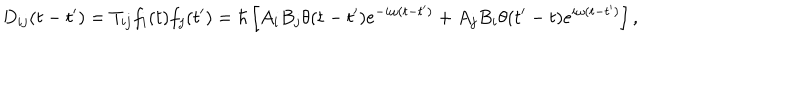
LaTeX: D _ { i j } ( t - t ^ { \prime } ) = T _ { i j } f _ { i } ( t ) f _ { j } ( t ^ { \prime } ) = \hbar \left[ A _ { i } B _ { j } \theta ( t - t ^ { \prime } ) e ^ { - i \omega ( t - t ^ { \prime } ) } + A _ { j } B _ { i } \theta ( t ^ { \prime } - t ) e ^ { i \omega ( t - t ^ { \prime } ) } \right] ,